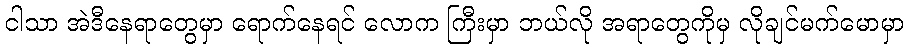
ငါသာ အဲဒီနေရာတွေမှာ ရောက်နေရင် လောက ကြီးမှာ ဘယ်လို အရာတွေကိုမှ လိုချင်မက်မောမှာ